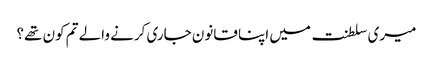
میری سلطنت میں اپنا قانون جاری کرنے والے تم کون تھے؟